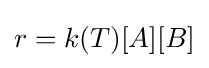
r=k(T)[A][B]